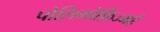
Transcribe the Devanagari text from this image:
पोलिमोर्फ़िज्महै